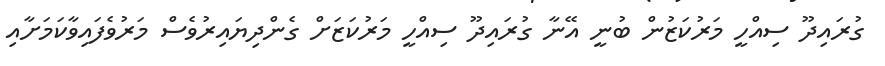
ގުރައިދޫ ސިއްހީ މަރުކަޒުން ބުނީ އޭނާ ގުރައިދޫ ސިއްހީ މަރުކަޒަށް ގެންދިޔައިރުވެސް މަރުވެފައިވާކަމަށާއި